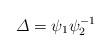
LaTeX: \begin{align*} \varDelta = \psi_{1} \psi^{-1}_{2} \end{align*}